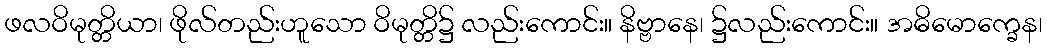
ဖလဝိမုတ္တိယာ၊ ဖိုလ်တည်းဟူသော ဝိမုတ္တိ၌ လည်းကောင်း။ နိဗ္ဗာနေ၊ ၌လည်းကောင်း။ အဓိမောက္ခေန၊